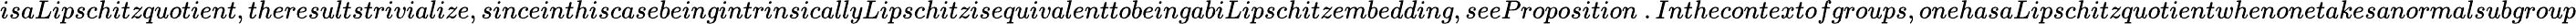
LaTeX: isaLipschitzquotient,theresultstrivialize,sinceinthiscasebeingintrinsicallyLipschitzisequivalenttobeingabiLipschitzembedding,seeProposition~.Inthecontextofgroups,onehasaLipschitzquotientwhenonetakesanormalsubgroup